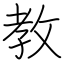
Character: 教